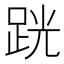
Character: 𫏈